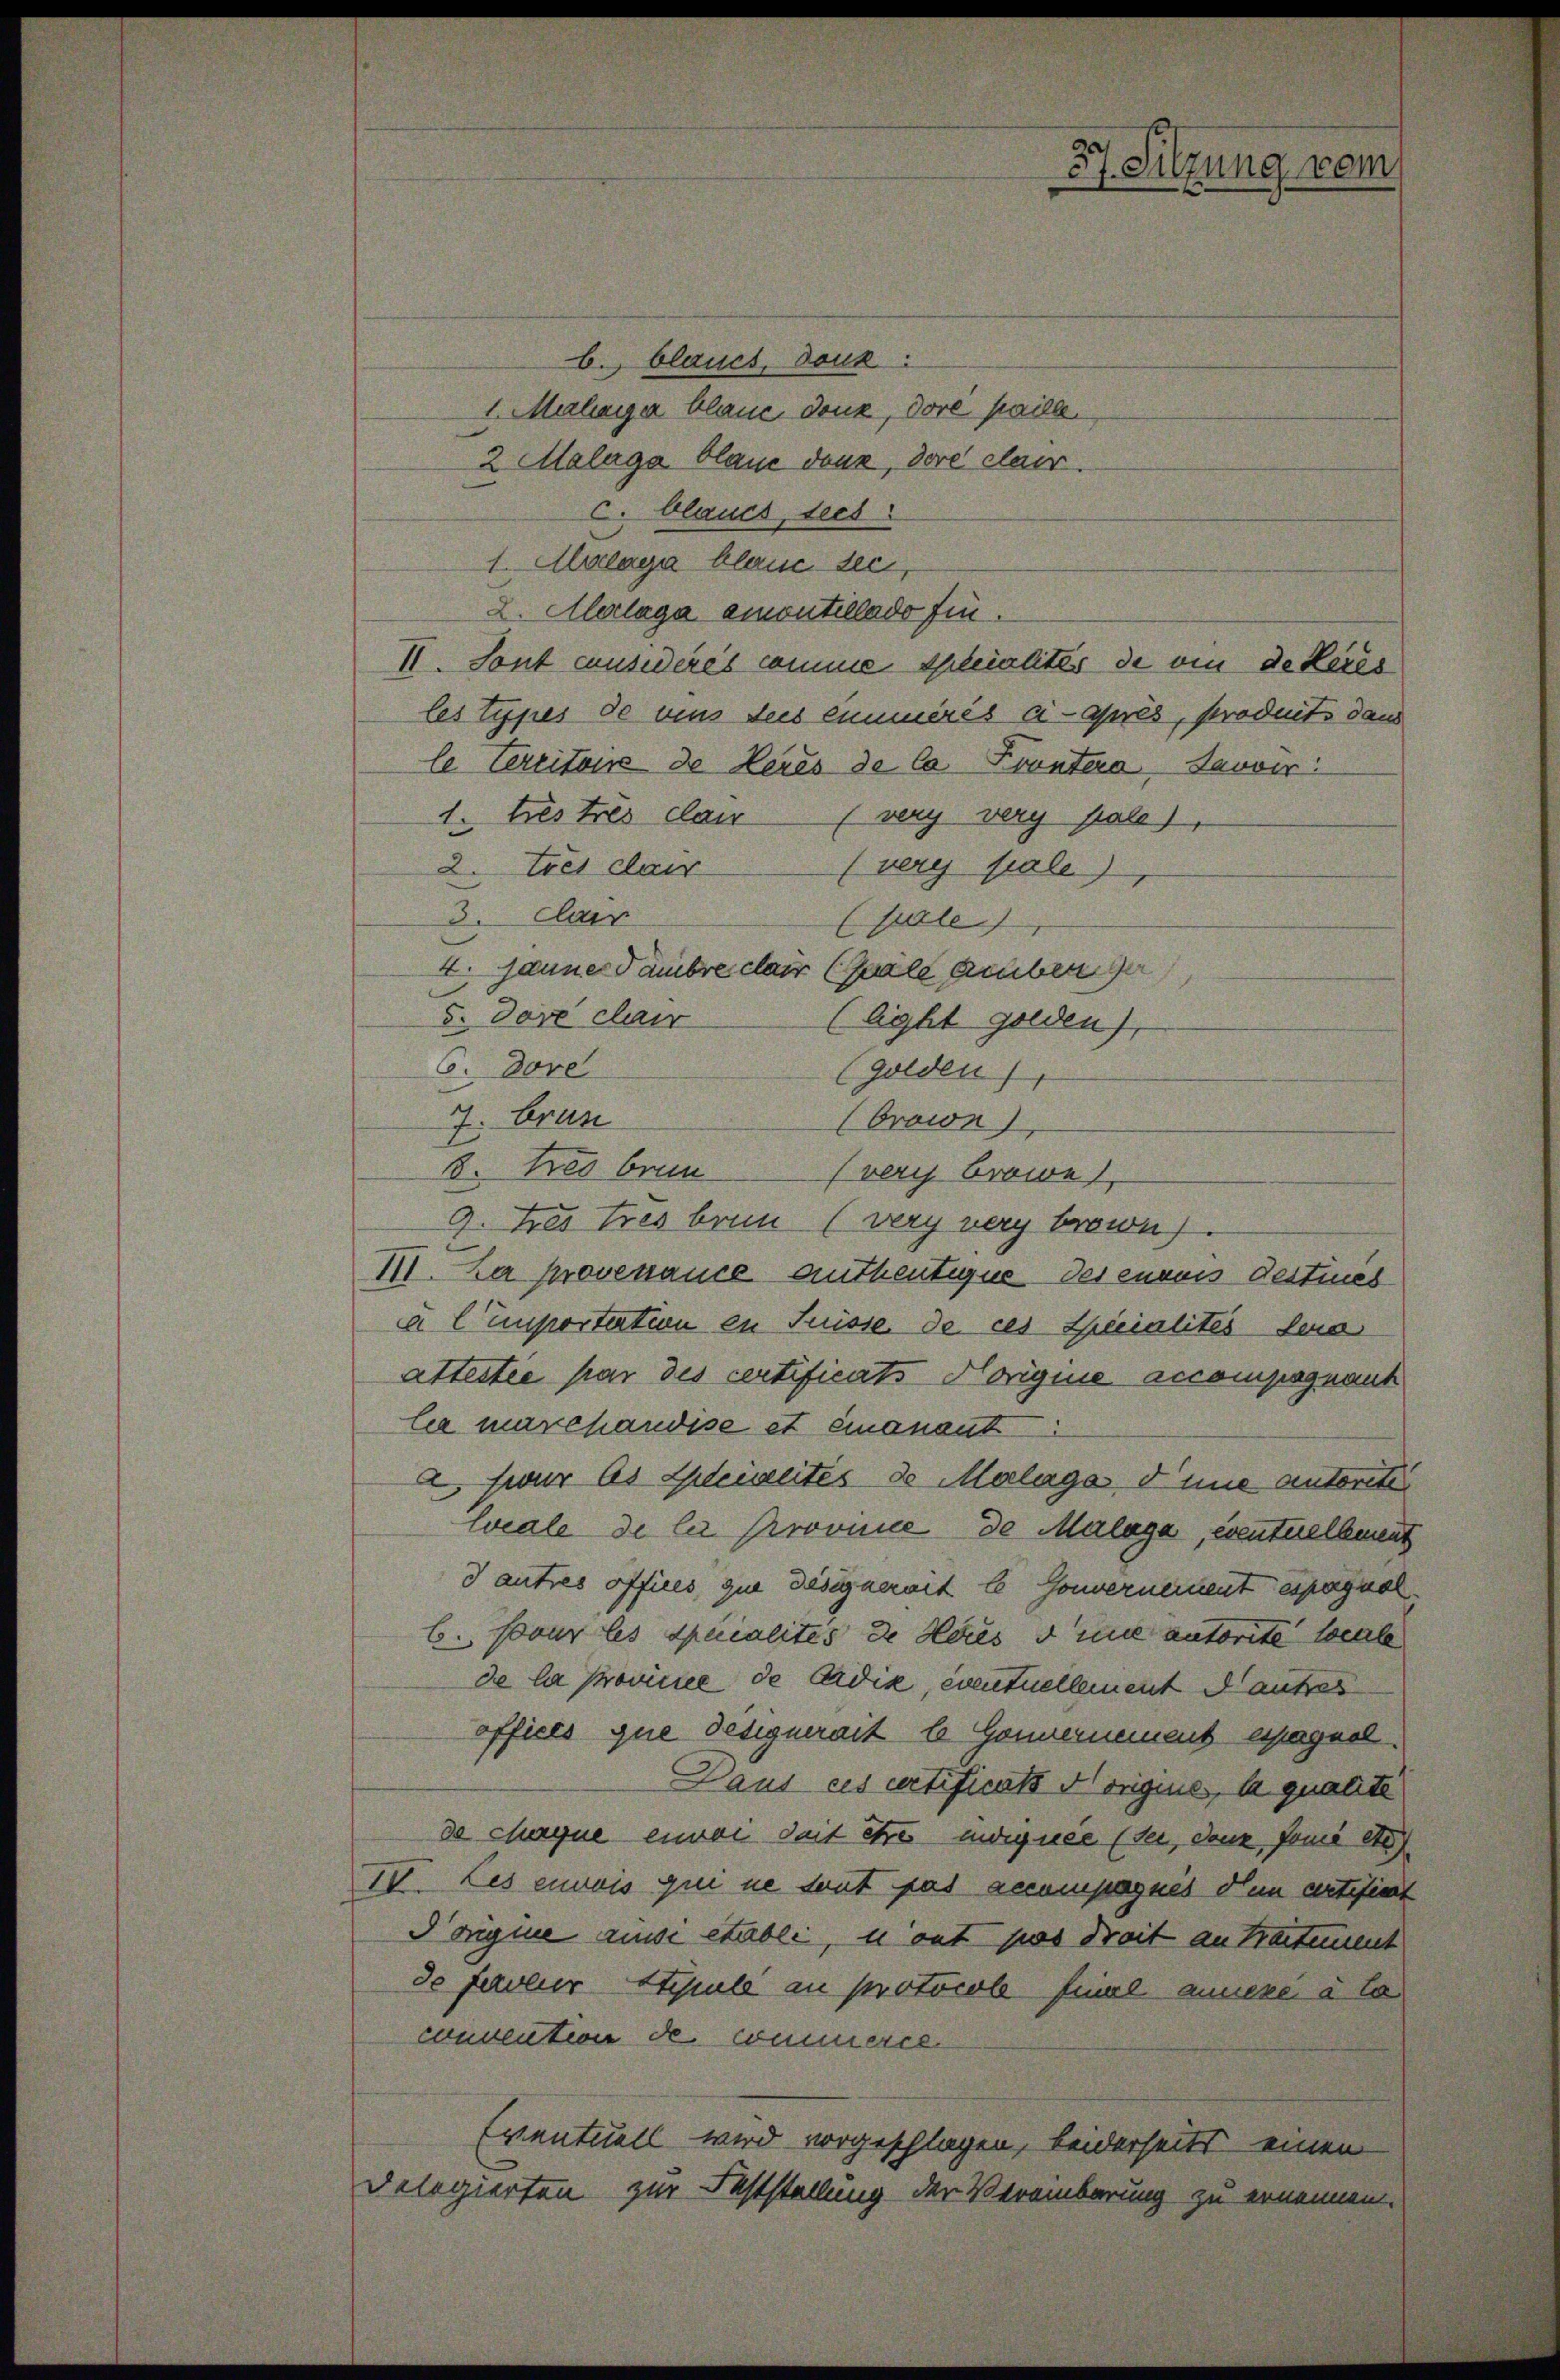
b. blauch, Douk:
1. Malerar blaue dank, dore paille.
2 Malaga blaue dann, dore clai.
c. blaues, tees
1. Anlage blause sei
X. Aberlage emontillado fin.
II. Sont considérés comme Specialités de ein de Keres
lestypes de vins Seis emmnisés ci-après, stroduit dem
le Territoirs de Heres de la Pruntera Servir
1. Les tres clain (very verg pale),
2. tres dar
(vere sale)
3. Cair
ple
4. Jänner Tambre dar (Gäle geben de
5. Dove clai
(Aght golden),
6. Dore
(Golden
7. brun
(Orowe
8. des brun
(veri browe
9. Les tres brun (verynery brown).
I. La provenance authentigne des envois Destineb
al importention in Trüsse de ces Specialités dera
attestée par des certificats Norigine accompagnant
le marchandise et einanant
 zwar es Geleiscités de Malage dene autorite
locale de la Province de Malage, eventuellement
Tautres offices que designerait le Gouvernement espagnol
b. Jovar les ducalités de Haus dene autorité locale
de la provinee de Ardik, eventuellement Sautes
offices que designerait le Gönnernement espagnel
Daus ces artificats Morigine, la qualite
de chaque einer Seit etwa indignee (sei, dann fomi etc
IV. Les einweis qui ne sont pas accompagnis den artisiert
Poignie aussi etabli, i ont pas dreit an Partement
de farolier Stipulé au protocol final annexe à to
convention de commerce
Eventuell wird vorgeschlagen, beiderseits einen
Delegierten zur Feststellung der Vereinbarung zu ernennen.

37. Sitzung vom